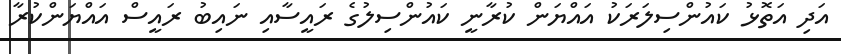
އަދި އަތޮޅު ކައުންސިލަރަކު އައްޔަން ކުރާނީ ކައުންސިލުގެ ރައީސާއި ނައިބު ރައީސް އައްޔަންކުރާ